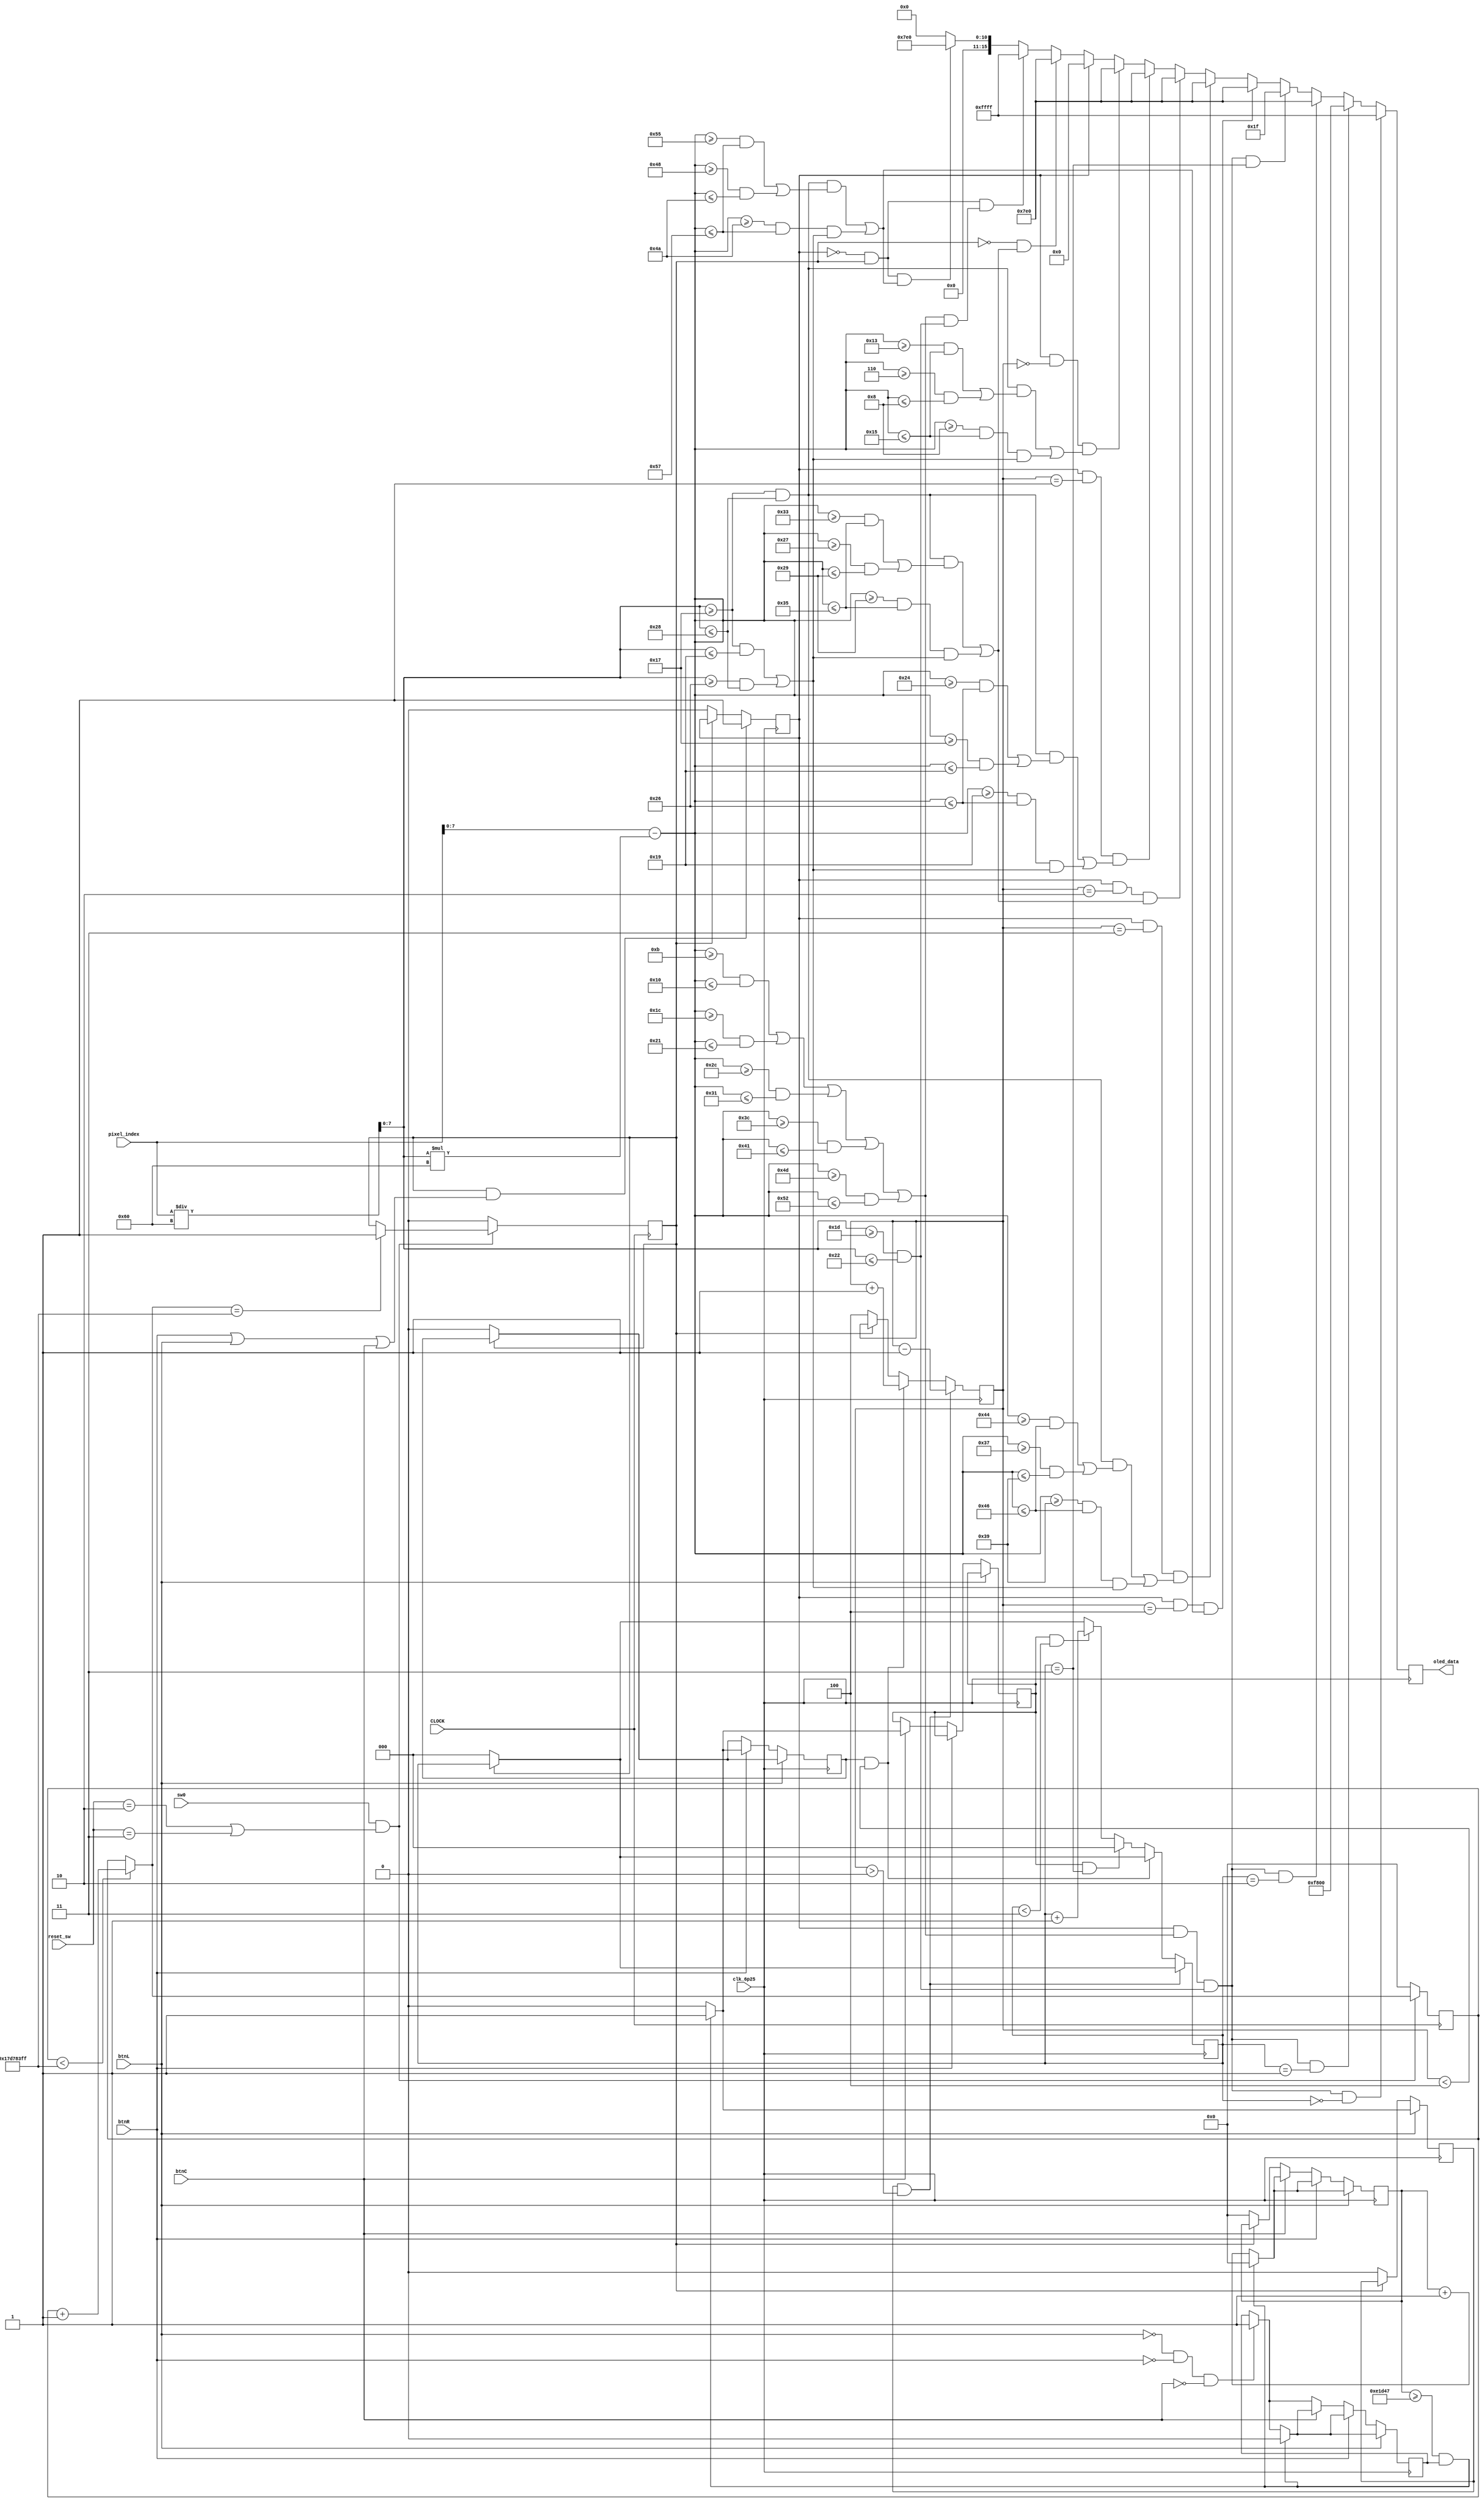
`timescale 1ns / 1ps
//////////////////////////////////////////////////////////////////////////////////
// Company: 
// Engineer: 
// 
// Design Name: 
// Module Name: task_b
// Project Name: 
// Target Devices: 
// Tool Versions: 
// Description: 
// 
// Dependencies: 
// 
// Revision:
// Revision 0.01 - File Created
// Additional Comments:
// 
//////////////////////////////////////////////////////////////////////////////////


module task_b(input clk_6p25, input [12:0] pixel_index, input CLOCK,
input btnL, input btnR, input btnC, input [4:0] reset_sw,input sw0, output reg[15:0] oled_data = 16'd 0);


  reg B3 = 0;
  reg [2:0]pb = 3'b 100;
  reg [2:0]pb2 = 0;
  reg left = 0;
  reg right = 0;
  reg centre = 0;
  reg [31:0] counter = 0;
  wire[7:0] coordinate_x;
  wire[7:0] coordinate_y;
  reg timeReached;
  reg releasedBtn = 1;
  
  //conversion (from module conversion)
  assign coordinate_y = pixel_index / 96;
  assign coordinate_x = pixel_index - (coordinate_y * 96);
  
  reg [31:0]count = 0;
  
  //conversion (from module fourSec)
  always @(posedge CLOCK) begin
  if (sw0 == 1 && ((reset_sw == 5'b 00010) || (reset_sw == 5'b 00011))) begin
      count = (count < 399999999) ? count + 1 : count;
      if(count == 399999999)
        timeReached <= 1;
      end
  else
      begin
      timeReached <= 0;
      count = 0;
      end
  end

    always @(posedge clk_6p25) 
     /* README (Week 7: 4.B1 and 4.B2)
     1. clock must be of 6.25MHz to run oLED
     2. Coordinate y refers to vertical axis of oLED. Each pixel is 1 coordinate.
     3. Coordinate X refers to horizontal axis of oLED
     4. coordinate_y > a && coordinate_y < b, means one vertical line from a to b is drawn 
     */
        begin
        // For 4.B1 (Start)
        if(!timeReached && (
               ((coordinate_y >= 23 && coordinate_y <= 40) &&  
               ((coordinate_x >= 51 && coordinate_x <= 53) || (coordinate_x >= 39 && coordinate_x <= 41)))  ||
               ((coordinate_x >= 41 && coordinate_x <= 53) &&  
               ((coordinate_y >= 23 && coordinate_y <= 25) || (coordinate_y >= 38 && coordinate_y <= 40)))
               ))
               oled_data <= 16'b 00000_111111_00000; 
        // For 4.B1 (End)    
        
        
        // For 4.B2 (Start)
          else if(!B3 && timeReached && (
          (
          (coordinate_x >= 11 && coordinate_x <= 16) ||
          (coordinate_x >= 28 && coordinate_x <= 33) || 
          (coordinate_x >= 44 && coordinate_x <= 49) || 
          (coordinate_x >= 60 && coordinate_x <= 65) || 
          (coordinate_x >= 77 && coordinate_x <= 82)
          ) && (coordinate_y >= 29 && coordinate_y <= 34)  
          ))begin
                oled_data <= 16'b 11111_111111_11111;
           end 
            
           else if(!B3 && timeReached && (
           ((coordinate_y >= 23 && coordinate_y <= 40) &&  
           ((coordinate_x >= 85 && coordinate_x <= 87) || (coordinate_x >= 72 && coordinate_x <= 74)))  ||
           ((coordinate_x >= 74 && coordinate_x <= 87) &&  
           ((coordinate_y >= 23 && coordinate_y <= 25) || (coordinate_y >= 38 && coordinate_y <= 40)))
           ))
           oled_data <= 16'b 00000_111111_00000;
        
          else if (!B3)
            oled_data <= 16'b 00000_000000_00000; 
            
          if(!timeReached) begin 
            B3 <= 0;
            counter <= 0;
            right <= 0;
            left <= 0;
            pb <= 3'b 100;
            pb2 <= 0;
          end
          if(timeReached && (btnR || btnL || btnC))  B3 <= 1;
          
          if(!btnL && !btnR && !btnC) releasedBtn <= 1;
          
          if(btnL) begin
            counter <= 0;
            left <= 0;
                if(counter >= 924999 && releasedBtn) begin 
                left <= 1;
                releasedBtn <= 0;
                end
           else counter <= counter + 1;
          end  
            
            else if(btnR) begin
              counter <= 0;
              right <= 0;
              if(counter >= 924999 && releasedBtn) begin 
              right <= 1;
              releasedBtn <= 0;
              end
              else counter <= counter + 1;
            end  
            
             else if(btnC) begin
             counter <= 0;
             centre <= 0;
             
             if(counter >= 924999 && releasedBtn) begin
             centre <= 1;
             releasedBtn <= 0;
             end
             
             else counter <= counter + 1;
           end  
            
            if(left == 1 && pb > 3'b 000) 
                pb <= pb - 1;
            else if(right == 1 && pb < 3'b 100) 
                pb <= pb + 1;
            else if(centre == 1 && pb2 == 3'b 011)
                pb2 <= 3'b 000; 
            else if(centre == 1 && pb2 < 3'b 011)
                pb2 <= pb2 + 1;      
             
    
          if(B3 == 1 && (
                           (coordinate_x >= 11 && coordinate_x <= 16) ||
                           (coordinate_x >= 28 && coordinate_x <= 33) || 
                           (coordinate_x >= 44 && coordinate_x <= 49) || 
                           (coordinate_x >= 60 && coordinate_x <= 65) || 
                           (coordinate_x >= 77 && coordinate_x <= 82)
                           ) && (coordinate_y >= 29 && coordinate_y <= 34) && pb2 == 3'b 000
                           )   
                                                            
                                   oled_data <= 16'b 11111_111111_11111;
                                   
          else if(B3 == 1 && (
                          (coordinate_x >= 11 && coordinate_x <= 16) ||
                          (coordinate_x >= 28 && coordinate_x <= 33) || 
                          (coordinate_x >= 44 && coordinate_x <= 49) || 
                          (coordinate_x >= 60 && coordinate_x <= 65) || 
                          (coordinate_x >= 77 && coordinate_x <= 82)
                          ) && (coordinate_y >= 29 && coordinate_y <= 34) && pb2 == 3'b 001
                          )   
                                   oled_data <= 16'b 11111_000000_00000;
          else if(B3 == 1 && (
                          (coordinate_x >= 11 && coordinate_x <= 16) ||
                          (coordinate_x >= 28 && coordinate_x <= 33) || 
                          (coordinate_x >= 44 && coordinate_x <= 49) || 
                          (coordinate_x >= 60 && coordinate_x <= 65) || 
                          (coordinate_x >= 77 && coordinate_x <= 82)
                          ) && (coordinate_y >= 29 && coordinate_y <= 34) && pb2 == 3'b 010
                          )   
                                 oled_data <= 16'b 00000_111111_00000;
                                 
          else if(B3 == 1 && (
                           (coordinate_x >= 11 && coordinate_x <= 16) ||
                           (coordinate_x >= 28 && coordinate_x <= 33) || 
                           (coordinate_x >= 44 && coordinate_x <= 49) || 
                           (coordinate_x >= 60 && coordinate_x <= 65) || 
                           (coordinate_x >= 77 && coordinate_x <= 82)
                           ) && (coordinate_y >= 29 && coordinate_y <= 34) && pb2 == 3'b 011
                           )   
                                oled_data <= 16'b 00000_000000_11111;
                     
                        else if(B3 == 1 && pb == 3'b 100 && (
                            ((coordinate_y >= 23 && coordinate_y <= 40) &&  
                            ((coordinate_x >= 85 && coordinate_x <= 87) || (coordinate_x >= 72 && coordinate_x <= 74)))  ||
                            ((coordinate_x >= 74 && coordinate_x <= 87) &&  
                            ((coordinate_y >= 23 && coordinate_y <= 25) || (coordinate_y >= 38 && coordinate_y <= 40)))
                            ))
                            oled_data <= 16'b 00000_111111_00000;      
                     
                       else if(B3 == 1 && pb == 3'b 011 && (
                          ((coordinate_y >= 23 && coordinate_y <= 40) &&  
                          ((coordinate_x >= 68 && coordinate_x <= 70) || (coordinate_x >= 55 && coordinate_x <= 57)))  ||
                          ((coordinate_x >= 57 && coordinate_x <= 70) &&  
                          ((coordinate_y >= 23 && coordinate_y <= 25) || (coordinate_y >= 38 && coordinate_y <= 40)))
                          ))
                          oled_data <= 16'b 00000_111111_00000;
               
                       else if(B3 == 1 && pb == 3'b 010 && (
                            ((coordinate_y >= 23 && coordinate_y <= 40) &&  
                            ((coordinate_x >= 51 && coordinate_x <= 53) || (coordinate_x >= 39 && coordinate_x <= 41)))  ||
                            ((coordinate_x >= 41 && coordinate_x <= 53) &&  
                            ((coordinate_y >= 23 && coordinate_y <= 25) || (coordinate_y >= 38 && coordinate_y <= 40)))
                            )) 
                              oled_data <= 16'b 00000_111111_00000;
                     
                       else if(B3 == 1 && pb == 3'b 001 && (
                          ((coordinate_y >= 23 && coordinate_y <= 40) &&  
                          ((coordinate_x >= 36 && coordinate_x <= 38) || (coordinate_x >= 23 && coordinate_x <= 25)))  ||
                          ((coordinate_x >= 25 && coordinate_x <= 38) &&  
                          ((coordinate_y >= 23 && coordinate_y <= 25) || (coordinate_y >= 38 && coordinate_y <= 40)))
                          )) 
                            oled_data <= 16'b 00000_111111_00000;
                         
                       
                        else if(B3 == 1 && pb == 3'b 000 && (
                          ((coordinate_y >= 23 && coordinate_y <= 40) &&  
                          ((coordinate_x >= 19 && coordinate_x <= 21) || (coordinate_x >= 6 && coordinate_x <= 8)))  ||
                          ((coordinate_x >= 8 && coordinate_x <= 21) &&  
                          ((coordinate_y >= 23 && coordinate_y <= 25) || (coordinate_y >= 38 && coordinate_y <= 40)))
                          )) 
                            oled_data <= 16'b 00000_111111_00000;
                            
                         else if (B3 == 1)
                            oled_data <= 16'b 00000_000000_00000;
            end
endmodule

module conversion (input [12:0] pixel_index, output [7:0] coordinate_x, output [7:0] coordinate_y);
assign coordinate_y = pixel_index / 96;
assign coordinate_x = pixel_index - (coordinate_y * 96);

endmodule